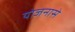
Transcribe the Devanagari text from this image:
योजनासे